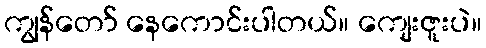
ကျွန်တော် နေကောင်းပါတယ်။ ကျေးဇူးပဲ။